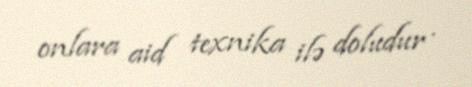
onlara aid texnika ilə doludur .